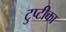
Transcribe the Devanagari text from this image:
टुप्टीका